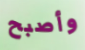
وأصبح